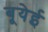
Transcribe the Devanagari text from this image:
बूयेई